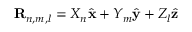
{ \bf R } _ { n , m , l } = X _ { n } \hat { \bf x } + Y _ { m } \hat { \bf y } + Z _ { l } \hat { \bf z }